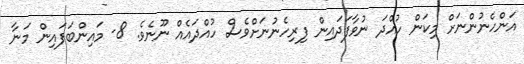
އަންހެނުންނަށް މިކަން ހުއްދަ ނުވާފަދައިން ފިރިހެނުނަށްވެސް ހުއްދައެއް ނޫނެވެ. 8- މައިންބަފައިން މަނާ